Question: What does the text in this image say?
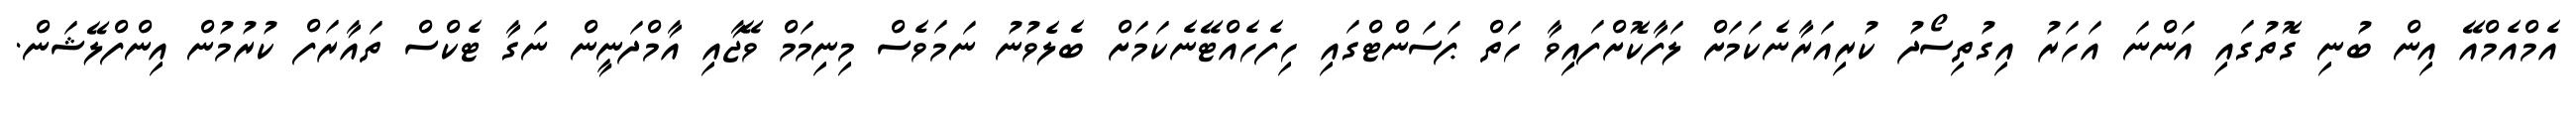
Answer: އެމްއެމްއޭ އިން ބުނި ގޮތުގައި އަންނަ އަހަރު އިގުތިސޯދު ކުރިއަރާނެކަމަށް ލަފާކޮށްފައިވާ ހަތް ޕަސަންޓްގައި ހިފެހެއްޓޭނެކަމަށް ބެލެވުނު ނަމަވެސް މިނިމަމް ވޭޖާއި އާމްދަނީން ނަގާ ޓެކްސް ތައާރަފް ކުރުމުން އިންފްލޭޝަން.